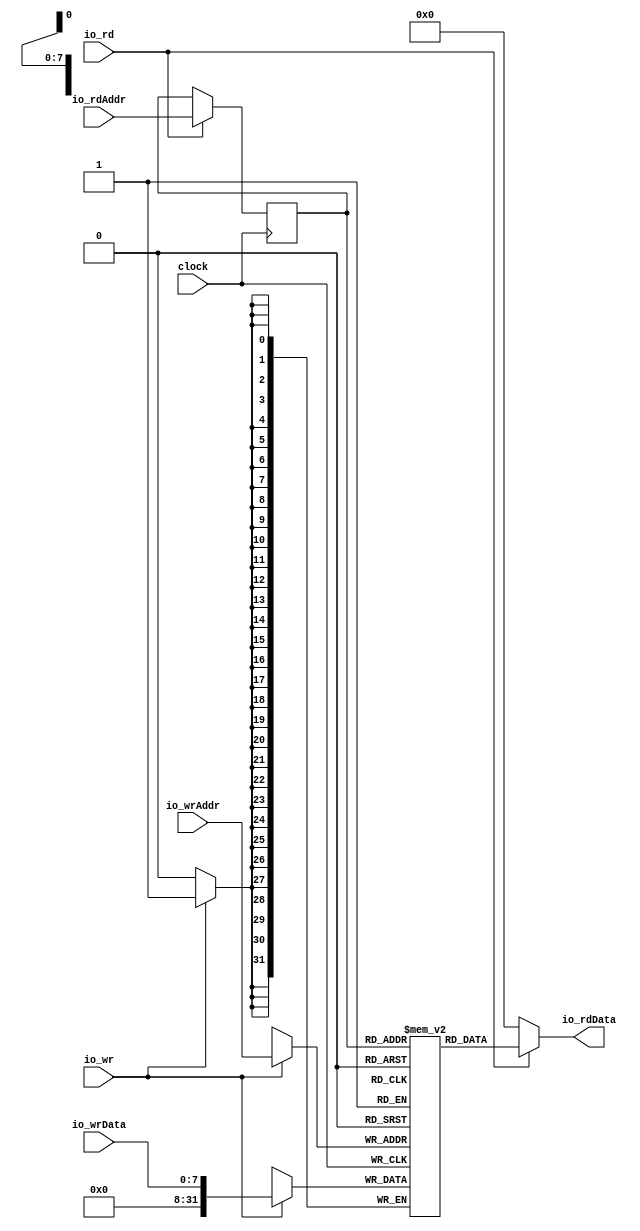
module DataMemory( // @[:@26.2]
  input         clock, // @[:@27.4]
  input  [7:0]  io_rdAddr, // @[:@29.4]
  input  [7:0]  io_wrAddr, // @[:@29.4]
  input  [7:0]  io_wrData, // @[:@29.4]
  output [31:0] io_rdData, // @[:@29.4]
  input         io_rd, // @[:@29.4]
  input         io_wr // @[:@29.4]
);
  reg [31:0] mem [0:255]; // @[DataMemory.scala 17:24:@31.4]
  reg [31:0] _RAND_0;
  wire [31:0] mem__T_20_data; // @[DataMemory.scala 17:24:@31.4]
  wire [7:0] mem__T_20_addr; // @[DataMemory.scala 17:24:@31.4]
  wire [31:0] mem__T_21_data; // @[DataMemory.scala 17:24:@31.4]
  wire [7:0] mem__T_21_addr; // @[DataMemory.scala 17:24:@31.4]
  wire  mem__T_21_mask; // @[DataMemory.scala 17:24:@31.4]
  wire  mem__T_21_en; // @[DataMemory.scala 17:24:@31.4]
  wire  _GEN_2; // @[DataMemory.scala 21:15:@33.4]
  reg [7:0] mem__T_20_addr_pipe_0;
  reg [31:0] _RAND_1;
  assign mem__T_20_addr = mem__T_20_addr_pipe_0;
  assign mem__T_20_data = mem[mem__T_20_addr]; // @[DataMemory.scala 17:24:@31.4]
  assign mem__T_21_data = {{24'd0}, io_wrData};
  assign mem__T_21_addr = io_wrAddr;
  assign mem__T_21_mask = 1'h1;
  assign mem__T_21_en = io_wr;
  assign _GEN_2 = io_rd; // @[DataMemory.scala 21:15:@33.4]
  assign io_rdData = io_rd ? mem__T_20_data : 32'h0; // @[DataMemory.scala 19:13:@32.4 DataMemory.scala 22:15:@35.6]
`ifdef RANDOMIZE_GARBAGE_ASSIGN
`define RANDOMIZE
`endif
`ifdef RANDOMIZE_INVALID_ASSIGN
`define RANDOMIZE
`endif
`ifdef RANDOMIZE_REG_INIT
`define RANDOMIZE
`endif
`ifdef RANDOMIZE_MEM_INIT
`define RANDOMIZE
`endif
`ifndef RANDOM
`define RANDOM $random
`endif
`ifdef RANDOMIZE
  integer initvar;
  initial begin
    `ifdef INIT_RANDOM
      `INIT_RANDOM
    `endif
    `ifndef VERILATOR
      #0.002 begin end
    `endif
  _RAND_0 = {1{`RANDOM}};
  `ifdef RANDOMIZE_MEM_INIT
  for (initvar = 0; initvar < 256; initvar = initvar+1)
    mem[initvar] = _RAND_0[31:0];
  `endif // RANDOMIZE_MEM_INIT
  `ifdef RANDOMIZE_REG_INIT
  _RAND_1 = {1{`RANDOM}};
  mem__T_20_addr_pipe_0 = _RAND_1[7:0];
  `endif // RANDOMIZE_REG_INIT
  end
`endif // RANDOMIZE
  always @(posedge clock) begin
    if(mem__T_21_en & mem__T_21_mask) begin
      mem[mem__T_21_addr] <= mem__T_21_data; // @[DataMemory.scala 17:24:@31.4]
    end
    if (_GEN_2) begin
      mem__T_20_addr_pipe_0 <= io_rdAddr;
    end
  end
endmodule
module ALU( // @[:@42.2]
  input  [31:0] io_a, // @[:@45.4]
  input  [31:0] io_b, // @[:@45.4]
  input  [4:0]  io_opcode, // @[:@45.4]
  output [31:0] io_out // @[:@45.4]
);
  wire  _T_15; // @[Conditional.scala 37:30:@48.4]
  wire  _T_17; // @[Conditional.scala 37:30:@53.6]
  wire [32:0] _T_19; // @[ALU.scala 22:30:@55.8]
  wire [31:0] _T_20; // @[ALU.scala 22:30:@56.8]
  wire  _T_22; // @[Conditional.scala 37:30:@60.8]
  wire [32:0] _T_24; // @[ALU.scala 23:30:@62.10]
  wire [32:0] _T_25; // @[ALU.scala 23:30:@63.10]
  wire [31:0] _T_26; // @[ALU.scala 23:30:@64.10]
  wire  _T_28; // @[Conditional.scala 37:30:@68.10]
  wire [32:0] _T_29; // @[ALU.scala 24:30:@70.12]
  wire [31:0] _T_30; // @[ALU.scala 24:30:@71.12]
  wire  _T_32; // @[Conditional.scala 37:30:@75.12]
  wire [32:0] _T_33; // @[ALU.scala 25:30:@77.14]
  wire [32:0] _T_34; // @[ALU.scala 25:30:@78.14]
  wire [31:0] _T_35; // @[ALU.scala 25:30:@79.14]
  wire  _T_37; // @[Conditional.scala 37:30:@83.14]
  wire [31:0] _T_38; // @[ALU.scala 26:25:@85.16]
  wire  _T_40; // @[Conditional.scala 37:30:@89.16]
  wire [31:0] _T_41; // @[ALU.scala 27:29:@91.18]
  wire  _T_43; // @[Conditional.scala 37:30:@95.18]
  wire [31:0] _T_44; // @[ALU.scala 28:29:@97.20]
  wire  _T_46; // @[Conditional.scala 37:30:@101.20]
  wire [31:0] _T_47; // @[ALU.scala 29:29:@103.22]
  wire [31:0] _GEN_0; // @[Conditional.scala 39:67:@102.20]
  wire [31:0] _GEN_1; // @[Conditional.scala 39:67:@96.18]
  wire [31:0] _GEN_2; // @[Conditional.scala 39:67:@90.16]
  wire [31:0] _GEN_3; // @[Conditional.scala 39:67:@84.14]
  wire [31:0] _GEN_4; // @[Conditional.scala 39:67:@76.12]
  wire [31:0] _GEN_5; // @[Conditional.scala 39:67:@69.10]
  wire [31:0] _GEN_6; // @[Conditional.scala 39:67:@61.8]
  wire [31:0] _GEN_7; // @[Conditional.scala 39:67:@54.6]
  assign _T_15 = 5'h0 == io_opcode; // @[Conditional.scala 37:30:@48.4]
  assign _T_17 = 5'h1 == io_opcode; // @[Conditional.scala 37:30:@53.6]
  assign _T_19 = io_a + 32'h1; // @[ALU.scala 22:30:@55.8]
  assign _T_20 = io_a + 32'h1; // @[ALU.scala 22:30:@56.8]
  assign _T_22 = 5'h2 == io_opcode; // @[Conditional.scala 37:30:@60.8]
  assign _T_24 = io_a - 32'h1; // @[ALU.scala 23:30:@62.10]
  assign _T_25 = $unsigned(_T_24); // @[ALU.scala 23:30:@63.10]
  assign _T_26 = _T_25[31:0]; // @[ALU.scala 23:30:@64.10]
  assign _T_28 = 5'h3 == io_opcode; // @[Conditional.scala 37:30:@68.10]
  assign _T_29 = io_a + io_b; // @[ALU.scala 24:30:@70.12]
  assign _T_30 = io_a + io_b; // @[ALU.scala 24:30:@71.12]
  assign _T_32 = 5'h4 == io_opcode; // @[Conditional.scala 37:30:@75.12]
  assign _T_33 = io_a - io_b; // @[ALU.scala 25:30:@77.14]
  assign _T_34 = $unsigned(_T_33); // @[ALU.scala 25:30:@78.14]
  assign _T_35 = _T_34[31:0]; // @[ALU.scala 25:30:@79.14]
  assign _T_37 = 5'h5 == io_opcode; // @[Conditional.scala 37:30:@83.14]
  assign _T_38 = ~ io_a; // @[ALU.scala 26:25:@85.16]
  assign _T_40 = 5'h6 == io_opcode; // @[Conditional.scala 37:30:@89.16]
  assign _T_41 = io_a & io_b; // @[ALU.scala 27:29:@91.18]
  assign _T_43 = 5'h7 == io_opcode; // @[Conditional.scala 37:30:@95.18]
  assign _T_44 = io_a | io_b; // @[ALU.scala 28:29:@97.20]
  assign _T_46 = 5'h8 == io_opcode; // @[Conditional.scala 37:30:@101.20]
  assign _T_47 = io_a ^ io_b; // @[ALU.scala 29:29:@103.22]
  assign _GEN_0 = _T_46 ? _T_47 : 32'h0; // @[Conditional.scala 39:67:@102.20]
  assign _GEN_1 = _T_43 ? _T_44 : _GEN_0; // @[Conditional.scala 39:67:@96.18]
  assign _GEN_2 = _T_40 ? _T_41 : _GEN_1; // @[Conditional.scala 39:67:@90.16]
  assign _GEN_3 = _T_37 ? _T_38 : _GEN_2; // @[Conditional.scala 39:67:@84.14]
  assign _GEN_4 = _T_32 ? _T_35 : _GEN_3; // @[Conditional.scala 39:67:@76.12]
  assign _GEN_5 = _T_28 ? _T_30 : _GEN_4; // @[Conditional.scala 39:67:@69.10]
  assign _GEN_6 = _T_22 ? _T_26 : _GEN_5; // @[Conditional.scala 39:67:@61.8]
  assign _GEN_7 = _T_17 ? _T_20 : _GEN_6; // @[Conditional.scala 39:67:@54.6]
  assign io_out = _T_15 ? io_a : _GEN_7; // @[ALU.scala 18:10:@47.4 ALU.scala 21:22:@50.6 ALU.scala 22:22:@57.8 ALU.scala 23:22:@65.10 ALU.scala 24:22:@72.12 ALU.scala 25:22:@80.14 ALU.scala 26:22:@86.16 ALU.scala 27:21:@92.18 ALU.scala 28:21:@98.20 ALU.scala 29:21:@104.22]
endmodule
module Datapath( // @[:@107.2]
  input         clock, // @[:@108.4]
  input         reset, // @[:@109.4]
  input  [31:0] io_inst, // @[:@110.4]
  output [4:0]  io_opcode, // @[:@110.4]
  output [2:0]  io_select, // @[:@110.4]
  output [3:0]  io_regA, // @[:@110.4]
  output [3:0]  io_regB, // @[:@110.4]
  output [15:0] io_immediate, // @[:@110.4]
  output [3:0]  io_destReg, // @[:@110.4]
  output [31:0] io_regAvalue, // @[:@110.4]
  output [31:0] io_result // @[:@110.4]
);
  wire  dMem_clock; // @[Datapath.scala 58:20:@126.4]
  wire [7:0] dMem_io_rdAddr; // @[Datapath.scala 58:20:@126.4]
  wire [7:0] dMem_io_wrAddr; // @[Datapath.scala 58:20:@126.4]
  wire [7:0] dMem_io_wrData; // @[Datapath.scala 58:20:@126.4]
  wire [31:0] dMem_io_rdData; // @[Datapath.scala 58:20:@126.4]
  wire  dMem_io_rd; // @[Datapath.scala 58:20:@126.4]
  wire  dMem_io_wr; // @[Datapath.scala 58:20:@126.4]
  wire [31:0] alu_io_a; // @[Datapath.scala 65:19:@130.4]
  wire [31:0] alu_io_b; // @[Datapath.scala 65:19:@130.4]
  wire [4:0] alu_io_opcode; // @[Datapath.scala 65:19:@130.4]
  wire [31:0] alu_io_out; // @[Datapath.scala 65:19:@130.4]
  reg [3:0] opcode; // @[Datapath.scala 36:22:@113.4]
  reg [31:0] _RAND_0;
  reg  memSelectReg1; // @[Datapath.scala 37:26:@114.4]
  reg [31:0] _RAND_1;
  reg  bSelect; // @[Datapath.scala 38:23:@115.4]
  reg [31:0] _RAND_2;
  reg  isLoadReg1; // @[Datapath.scala 39:23:@116.4]
  reg [31:0] _RAND_3;
  reg [31:0] aVal; // @[Datapath.scala 40:20:@117.4]
  reg [31:0] _RAND_4;
  reg [31:0] bVal; // @[Datapath.scala 41:21:@118.4]
  reg [31:0] _RAND_5;
  reg [31:0] immVal; // @[Datapath.scala 42:22:@119.4]
  reg [31:0] _RAND_6;
  reg [3:0] wbrReg1; // @[Datapath.scala 43:20:@120.4]
  reg [31:0] _RAND_7;
  reg [31:0] result; // @[Datapath.scala 46:22:@121.4]
  reg [31:0] _RAND_8;
  reg [31:0] data; // @[Datapath.scala 49:20:@122.4]
  reg [31:0] _RAND_9;
  reg [31:0] rMem_0; // @[Datapath.scala 62:17:@129.4]
  reg [31:0] _RAND_10;
  reg [31:0] rMem_1; // @[Datapath.scala 62:17:@129.4]
  reg [31:0] _RAND_11;
  reg [31:0] rMem_2; // @[Datapath.scala 62:17:@129.4]
  reg [31:0] _RAND_12;
  reg [31:0] rMem_3; // @[Datapath.scala 62:17:@129.4]
  reg [31:0] _RAND_13;
  reg [31:0] rMem_4; // @[Datapath.scala 62:17:@129.4]
  reg [31:0] _RAND_14;
  reg [31:0] rMem_5; // @[Datapath.scala 62:17:@129.4]
  reg [31:0] _RAND_15;
  reg [31:0] rMem_6; // @[Datapath.scala 62:17:@129.4]
  reg [31:0] _RAND_16;
  reg [31:0] rMem_7; // @[Datapath.scala 62:17:@129.4]
  reg [31:0] _RAND_17;
  reg [31:0] rMem_8; // @[Datapath.scala 62:17:@129.4]
  reg [31:0] _RAND_18;
  reg [31:0] rMem_9; // @[Datapath.scala 62:17:@129.4]
  reg [31:0] _RAND_19;
  wire [3:0] _T_54; // @[Datapath.scala 82:27:@139.4]
  wire  _T_56; // @[Datapath.scala 84:29:@143.4]
  wire [3:0] _T_58; // @[Datapath.scala 85:30:@146.4]
  wire [31:0] _GEN_1; // @[Datapath.scala 85:11:@147.4]
  wire [31:0] _GEN_2; // @[Datapath.scala 85:11:@147.4]
  wire [31:0] _GEN_3; // @[Datapath.scala 85:11:@147.4]
  wire [31:0] _GEN_4; // @[Datapath.scala 85:11:@147.4]
  wire [31:0] _GEN_5; // @[Datapath.scala 85:11:@147.4]
  wire [31:0] _GEN_6; // @[Datapath.scala 85:11:@147.4]
  wire [31:0] _GEN_7; // @[Datapath.scala 85:11:@147.4]
  wire [31:0] _GEN_8; // @[Datapath.scala 85:11:@147.4]
  wire [2:0] _T_64; // @[Datapath.scala 93:113:@154.4]
  wire [3:0] _T_65; // @[Datapath.scala 94:114:@156.4]
  wire  _T_67; // @[Datapath.scala 99:22:@159.4]
  wire  _T_71; // @[Conditional.scala 37:30:@164.6]
  wire [3:0] _T_72; // @[Datapath.scala 105:37:@166.8]
  wire [31:0] _GEN_11; // @[Datapath.scala 105:18:@167.8]
  wire [31:0] _GEN_12; // @[Datapath.scala 105:18:@167.8]
  wire [31:0] _GEN_13; // @[Datapath.scala 105:18:@167.8]
  wire [31:0] _GEN_14; // @[Datapath.scala 105:18:@167.8]
  wire [31:0] _GEN_15; // @[Datapath.scala 105:18:@167.8]
  wire [31:0] _GEN_16; // @[Datapath.scala 105:18:@167.8]
  wire [31:0] _GEN_17; // @[Datapath.scala 105:18:@167.8]
  wire [31:0] _GEN_18; // @[Datapath.scala 105:18:@167.8]
  wire [31:0] _GEN_19; // @[Datapath.scala 105:18:@167.8]
  wire  _T_78; // @[Conditional.scala 37:30:@174.8]
  wire [15:0] _T_81; // @[Datapath.scala 113:48:@177.10]
  wire [31:0] _T_82; // @[Cat.scala 30:58:@178.10]
  wire  _T_85; // @[Conditional.scala 37:30:@184.10]
  wire [31:0] _GEN_20; // @[Conditional.scala 39:67:@185.10]
  wire [31:0] _GEN_21; // @[Conditional.scala 39:67:@185.10]
  wire  _GEN_22; // @[Conditional.scala 39:67:@185.10]
  wire [31:0] _GEN_23; // @[Conditional.scala 39:67:@175.8]
  wire [31:0] _GEN_24; // @[Conditional.scala 39:67:@175.8]
  wire  _GEN_25; // @[Conditional.scala 39:67:@175.8]
  wire [31:0] _GEN_26; // @[Conditional.scala 39:67:@175.8]
  wire [31:0] _GEN_27; // @[Conditional.scala 40:58:@165.6]
  wire [31:0] _GEN_28; // @[Conditional.scala 40:58:@165.6]
  wire  _GEN_29; // @[Conditional.scala 40:58:@165.6]
  wire [3:0] _GEN_30; // @[Conditional.scala 40:58:@165.6]
  wire [31:0] _GEN_31; // @[Conditional.scala 40:58:@165.6]
  wire [7:0] _T_90; // @[Datapath.scala 125:44:@192.6]
  wire [31:0] _T_91; // @[Cat.scala 30:58:@193.6]
  wire [3:0] _GEN_42; // @[Datapath.scala 128:22:@196.6]
  wire [31:0] _GEN_43; // @[Datapath.scala 128:22:@196.6]
  wire [31:0] _GEN_49; // @[Datapath.scala 99:31:@160.4]
  reg  memSelect; // @[Datapath.scala 158:30:@219.4]
  reg [31:0] _RAND_20;
  reg  isLoad; // @[Datapath.scala 159:27:@221.4]
  reg [31:0] _RAND_21;
  reg [31:0] bValReg2; // @[Datapath.scala 160:25:@223.4]
  reg [31:0] _RAND_22;
  reg [3:0] wbrReg2; // @[Datapath.scala 161:24:@225.4]
  reg [31:0] _RAND_23;
  wire  _GEN_51; // @[Datapath.scala 171:18:@228.6]
  wire [31:0] _GEN_53; // @[Datapath.scala 171:18:@228.6]
  wire [31:0] _GEN_54; // @[Datapath.scala 171:18:@228.6]
  wire [31:0] _GEN_55; // @[Datapath.scala 171:18:@228.6]
  wire [31:0] _GEN_56; // @[Datapath.scala 171:18:@228.6]
  wire [31:0] _GEN_59; // @[Datapath.scala 170:19:@227.4]
  wire [31:0] _GEN_60; // @[Datapath.scala 170:19:@227.4]
  wire [31:0] _GEN_61; // @[Datapath.scala 170:19:@227.4]
  reg [3:0] destination; // @[Datapath.scala 196:24:@253.4]
  reg [31:0] _RAND_24;
  wire  _T_120; // @[Datapath.scala 203:20:@255.4]
  wire [31:0] _GEN_63; // @[Datapath.scala 204:23:@259.6]
  wire [31:0] _GEN_64; // @[Datapath.scala 204:23:@259.6]
  wire [31:0] _GEN_65; // @[Datapath.scala 204:23:@259.6]
  wire [31:0] _GEN_66; // @[Datapath.scala 204:23:@259.6]
  wire [31:0] _GEN_67; // @[Datapath.scala 204:23:@259.6]
  wire [31:0] _GEN_68; // @[Datapath.scala 204:23:@259.6]
  wire [31:0] _GEN_69; // @[Datapath.scala 204:23:@259.6]
  wire [31:0] _GEN_70; // @[Datapath.scala 204:23:@259.6]
  wire [31:0] _GEN_71; // @[Datapath.scala 204:23:@259.6]
  wire [31:0] _GEN_72; // @[Datapath.scala 204:23:@259.6]
  DataMemory dMem ( // @[Datapath.scala 58:20:@126.4]
    .clock(dMem_clock),
    .io_rdAddr(dMem_io_rdAddr),
    .io_wrAddr(dMem_io_wrAddr),
    .io_wrData(dMem_io_wrData),
    .io_rdData(dMem_io_rdData),
    .io_rd(dMem_io_rd),
    .io_wr(dMem_io_wr)
  );
  ALU alu ( // @[Datapath.scala 65:19:@130.4]
    .io_a(alu_io_a),
    .io_b(alu_io_b),
    .io_opcode(alu_io_opcode),
    .io_out(alu_io_out)
  );
  assign _T_54 = io_inst[4:1]; // @[Datapath.scala 82:27:@139.4]
  assign _T_56 = io_inst[4]; // @[Datapath.scala 84:29:@143.4]
  assign _T_58 = io_inst[15:12]; // @[Datapath.scala 85:30:@146.4]
  assign _GEN_1 = 4'h1 == _T_58 ? rMem_1 : rMem_0; // @[Datapath.scala 85:11:@147.4]
  assign _GEN_2 = 4'h2 == _T_58 ? rMem_2 : _GEN_1; // @[Datapath.scala 85:11:@147.4]
  assign _GEN_3 = 4'h3 == _T_58 ? rMem_3 : _GEN_2; // @[Datapath.scala 85:11:@147.4]
  assign _GEN_4 = 4'h4 == _T_58 ? rMem_4 : _GEN_3; // @[Datapath.scala 85:11:@147.4]
  assign _GEN_5 = 4'h5 == _T_58 ? rMem_5 : _GEN_4; // @[Datapath.scala 85:11:@147.4]
  assign _GEN_6 = 4'h6 == _T_58 ? rMem_6 : _GEN_5; // @[Datapath.scala 85:11:@147.4]
  assign _GEN_7 = 4'h7 == _T_58 ? rMem_7 : _GEN_6; // @[Datapath.scala 85:11:@147.4]
  assign _GEN_8 = 4'h8 == _T_58 ? rMem_8 : _GEN_7; // @[Datapath.scala 85:11:@147.4]
  assign _T_64 = io_inst[7:5]; // @[Datapath.scala 93:113:@154.4]
  assign _T_65 = io_inst[11:8]; // @[Datapath.scala 94:114:@156.4]
  assign _T_67 = memSelectReg1 == 1'h0; // @[Datapath.scala 99:22:@159.4]
  assign _T_71 = 3'h0 == _T_64; // @[Conditional.scala 37:30:@164.6]
  assign _T_72 = io_inst[19:16]; // @[Datapath.scala 105:37:@166.8]
  assign _GEN_11 = 4'h1 == _T_72 ? rMem_1 : rMem_0; // @[Datapath.scala 105:18:@167.8]
  assign _GEN_12 = 4'h2 == _T_72 ? rMem_2 : _GEN_11; // @[Datapath.scala 105:18:@167.8]
  assign _GEN_13 = 4'h3 == _T_72 ? rMem_3 : _GEN_12; // @[Datapath.scala 105:18:@167.8]
  assign _GEN_14 = 4'h4 == _T_72 ? rMem_4 : _GEN_13; // @[Datapath.scala 105:18:@167.8]
  assign _GEN_15 = 4'h5 == _T_72 ? rMem_5 : _GEN_14; // @[Datapath.scala 105:18:@167.8]
  assign _GEN_16 = 4'h6 == _T_72 ? rMem_6 : _GEN_15; // @[Datapath.scala 105:18:@167.8]
  assign _GEN_17 = 4'h7 == _T_72 ? rMem_7 : _GEN_16; // @[Datapath.scala 105:18:@167.8]
  assign _GEN_18 = 4'h8 == _T_72 ? rMem_8 : _GEN_17; // @[Datapath.scala 105:18:@167.8]
  assign _GEN_19 = 4'h9 == _T_72 ? rMem_9 : _GEN_18; // @[Datapath.scala 105:18:@167.8]
  assign _T_78 = 3'h1 == _T_64; // @[Conditional.scala 37:30:@174.8]
  assign _T_81 = io_inst[31:16]; // @[Datapath.scala 113:48:@177.10]
  assign _T_82 = {16'h0,_T_81}; // @[Cat.scala 30:58:@178.10]
  assign _T_85 = 3'h2 == _T_64; // @[Conditional.scala 37:30:@184.10]
  assign _GEN_20 = _T_85 ? 32'h0 : bVal; // @[Conditional.scala 39:67:@185.10]
  assign _GEN_21 = _T_85 ? 32'h0 : immVal; // @[Conditional.scala 39:67:@185.10]
  assign _GEN_22 = _T_85 ? 1'h0 : bSelect; // @[Conditional.scala 39:67:@185.10]
  assign _GEN_23 = _T_78 ? 32'h0 : _GEN_20; // @[Conditional.scala 39:67:@175.8]
  assign _GEN_24 = _T_78 ? _T_82 : _GEN_21; // @[Conditional.scala 39:67:@175.8]
  assign _GEN_25 = _T_78 ? 1'h0 : _GEN_22; // @[Conditional.scala 39:67:@175.8]
  assign _GEN_26 = _T_78 ? immVal : 32'h0; // @[Conditional.scala 39:67:@175.8]
  assign _GEN_27 = _T_71 ? _GEN_19 : _GEN_23; // @[Conditional.scala 40:58:@165.6]
  assign _GEN_28 = _T_71 ? 32'h0 : _GEN_24; // @[Conditional.scala 40:58:@165.6]
  assign _GEN_29 = _T_71 ? 1'h1 : _GEN_25; // @[Conditional.scala 40:58:@165.6]
  assign _GEN_30 = _T_71 ? _T_72 : 4'h0; // @[Conditional.scala 40:58:@165.6]
  assign _GEN_31 = _T_71 ? 32'h0 : _GEN_26; // @[Conditional.scala 40:58:@165.6]
  assign _T_90 = io_inst[27:20]; // @[Datapath.scala 125:44:@192.6]
  assign _T_91 = {24'h0,_T_90}; // @[Cat.scala 30:58:@193.6]
  assign _GEN_42 = isLoadReg1 ? _T_65 : 4'h0; // @[Datapath.scala 128:22:@196.6]
  assign _GEN_43 = isLoadReg1 ? 32'h0 : _GEN_19; // @[Datapath.scala 128:22:@196.6]
  assign _GEN_49 = _T_67 ? _GEN_31 : 32'h0; // @[Datapath.scala 99:31:@160.4]
  assign _GEN_51 = isLoad ? 1'h0 : 1'h1; // @[Datapath.scala 171:18:@228.6]
  assign _GEN_53 = isLoad ? result : 32'h0; // @[Datapath.scala 171:18:@228.6]
  assign _GEN_54 = isLoad ? 32'h0 : result; // @[Datapath.scala 171:18:@228.6]
  assign _GEN_55 = isLoad ? 32'h0 : bValReg2; // @[Datapath.scala 171:18:@228.6]
  assign _GEN_56 = isLoad ? dMem_io_rdData : 32'h0; // @[Datapath.scala 171:18:@228.6]
  assign _GEN_59 = memSelect ? _GEN_53 : 32'h0; // @[Datapath.scala 170:19:@227.4]
  assign _GEN_60 = memSelect ? _GEN_54 : 32'h0; // @[Datapath.scala 170:19:@227.4]
  assign _GEN_61 = memSelect ? _GEN_55 : 32'h0; // @[Datapath.scala 170:19:@227.4]
  assign _T_120 = destination != 4'h0; // @[Datapath.scala 203:20:@255.4]
  assign _GEN_63 = 4'h0 == destination ? data : rMem_0; // @[Datapath.scala 204:23:@259.6]
  assign _GEN_64 = 4'h1 == destination ? data : rMem_1; // @[Datapath.scala 204:23:@259.6]
  assign _GEN_65 = 4'h2 == destination ? data : rMem_2; // @[Datapath.scala 204:23:@259.6]
  assign _GEN_66 = 4'h3 == destination ? data : rMem_3; // @[Datapath.scala 204:23:@259.6]
  assign _GEN_67 = 4'h4 == destination ? data : rMem_4; // @[Datapath.scala 204:23:@259.6]
  assign _GEN_68 = 4'h5 == destination ? data : rMem_5; // @[Datapath.scala 204:23:@259.6]
  assign _GEN_69 = 4'h6 == destination ? data : rMem_6; // @[Datapath.scala 204:23:@259.6]
  assign _GEN_70 = 4'h7 == destination ? data : rMem_7; // @[Datapath.scala 204:23:@259.6]
  assign _GEN_71 = 4'h8 == destination ? data : rMem_8; // @[Datapath.scala 204:23:@259.6]
  assign _GEN_72 = 4'h9 == destination ? data : rMem_9; // @[Datapath.scala 204:23:@259.6]
  assign io_opcode = {{1'd0}, _T_54}; // @[Datapath.scala 89:99:@149.4]
  assign io_select = io_inst[7:5]; // @[Datapath.scala 93:99:@155.4]
  assign io_regA = io_inst[15:12]; // @[Datapath.scala 90:97:@151.4]
  assign io_regB = _T_67 ? _GEN_30 : 4'h0; // @[Datapath.scala 91:97:@152.4 Datapath.scala 108:17:@171.8]
  assign io_immediate = _GEN_49[15:0]; // @[Datapath.scala 92:102:@153.4 Datapath.scala 115:22:@181.10]
  assign io_destReg = io_inst[11:8]; // @[Datapath.scala 94:100:@157.4]
  assign io_regAvalue = aVal; // @[Datapath.scala 96:102:@158.4]
  assign io_result = result; // @[Datapath.scala 156:13:@218.4]
  assign dMem_clock = clock; // @[:@127.4]
  assign dMem_io_rdAddr = _GEN_59[7:0]; // @[Datapath.scala 174:22:@231.8 Datapath.scala 181:22:@239.8 Datapath.scala 189:20:@248.6]
  assign dMem_io_wrAddr = _GEN_60[7:0]; // @[Datapath.scala 175:22:@232.8 Datapath.scala 182:22:@240.8 Datapath.scala 190:20:@249.6]
  assign dMem_io_wrData = _GEN_61[7:0]; // @[Datapath.scala 176:22:@233.8 Datapath.scala 183:22:@241.8 Datapath.scala 191:20:@250.6]
  assign dMem_io_rd = memSelect ? isLoad : 1'h0; // @[Datapath.scala 173:18:@230.8 Datapath.scala 180:18:@238.8 Datapath.scala 187:16:@246.6]
  assign dMem_io_wr = memSelect ? _GEN_51 : 1'h0; // @[Datapath.scala 172:18:@229.8 Datapath.scala 179:18:@237.8 Datapath.scala 188:16:@247.6]
  assign alu_io_a = aVal; // @[Datapath.scala 146:12:@208.4]
  assign alu_io_b = bSelect ? bVal : immVal; // @[Datapath.scala 147:12:@209.4 Datapath.scala 149:14:@212.6 Datapath.scala 152:12:@215.6]
  assign alu_io_opcode = {{1'd0}, opcode}; // @[Datapath.scala 145:17:@207.4]
`ifdef RANDOMIZE_GARBAGE_ASSIGN
`define RANDOMIZE
`endif
`ifdef RANDOMIZE_INVALID_ASSIGN
`define RANDOMIZE
`endif
`ifdef RANDOMIZE_REG_INIT
`define RANDOMIZE
`endif
`ifdef RANDOMIZE_MEM_INIT
`define RANDOMIZE
`endif
`ifndef RANDOM
`define RANDOM $random
`endif
`ifdef RANDOMIZE
  integer initvar;
  initial begin
    `ifdef INIT_RANDOM
      `INIT_RANDOM
    `endif
    `ifndef VERILATOR
      #0.002 begin end
    `endif
  `ifdef RANDOMIZE_REG_INIT
  _RAND_0 = {1{`RANDOM}};
  opcode = _RAND_0[3:0];
  `endif // RANDOMIZE_REG_INIT
  `ifdef RANDOMIZE_REG_INIT
  _RAND_1 = {1{`RANDOM}};
  memSelectReg1 = _RAND_1[0:0];
  `endif // RANDOMIZE_REG_INIT
  `ifdef RANDOMIZE_REG_INIT
  _RAND_2 = {1{`RANDOM}};
  bSelect = _RAND_2[0:0];
  `endif // RANDOMIZE_REG_INIT
  `ifdef RANDOMIZE_REG_INIT
  _RAND_3 = {1{`RANDOM}};
  isLoadReg1 = _RAND_3[0:0];
  `endif // RANDOMIZE_REG_INIT
  `ifdef RANDOMIZE_REG_INIT
  _RAND_4 = {1{`RANDOM}};
  aVal = _RAND_4[31:0];
  `endif // RANDOMIZE_REG_INIT
  `ifdef RANDOMIZE_REG_INIT
  _RAND_5 = {1{`RANDOM}};
  bVal = _RAND_5[31:0];
  `endif // RANDOMIZE_REG_INIT
  `ifdef RANDOMIZE_REG_INIT
  _RAND_6 = {1{`RANDOM}};
  immVal = _RAND_6[31:0];
  `endif // RANDOMIZE_REG_INIT
  `ifdef RANDOMIZE_REG_INIT
  _RAND_7 = {1{`RANDOM}};
  wbrReg1 = _RAND_7[3:0];
  `endif // RANDOMIZE_REG_INIT
  `ifdef RANDOMIZE_REG_INIT
  _RAND_8 = {1{`RANDOM}};
  result = _RAND_8[31:0];
  `endif // RANDOMIZE_REG_INIT
  `ifdef RANDOMIZE_REG_INIT
  _RAND_9 = {1{`RANDOM}};
  data = _RAND_9[31:0];
  `endif // RANDOMIZE_REG_INIT
  `ifdef RANDOMIZE_REG_INIT
  _RAND_10 = {1{`RANDOM}};
  rMem_0 = _RAND_10[31:0];
  `endif // RANDOMIZE_REG_INIT
  `ifdef RANDOMIZE_REG_INIT
  _RAND_11 = {1{`RANDOM}};
  rMem_1 = _RAND_11[31:0];
  `endif // RANDOMIZE_REG_INIT
  `ifdef RANDOMIZE_REG_INIT
  _RAND_12 = {1{`RANDOM}};
  rMem_2 = _RAND_12[31:0];
  `endif // RANDOMIZE_REG_INIT
  `ifdef RANDOMIZE_REG_INIT
  _RAND_13 = {1{`RANDOM}};
  rMem_3 = _RAND_13[31:0];
  `endif // RANDOMIZE_REG_INIT
  `ifdef RANDOMIZE_REG_INIT
  _RAND_14 = {1{`RANDOM}};
  rMem_4 = _RAND_14[31:0];
  `endif // RANDOMIZE_REG_INIT
  `ifdef RANDOMIZE_REG_INIT
  _RAND_15 = {1{`RANDOM}};
  rMem_5 = _RAND_15[31:0];
  `endif // RANDOMIZE_REG_INIT
  `ifdef RANDOMIZE_REG_INIT
  _RAND_16 = {1{`RANDOM}};
  rMem_6 = _RAND_16[31:0];
  `endif // RANDOMIZE_REG_INIT
  `ifdef RANDOMIZE_REG_INIT
  _RAND_17 = {1{`RANDOM}};
  rMem_7 = _RAND_17[31:0];
  `endif // RANDOMIZE_REG_INIT
  `ifdef RANDOMIZE_REG_INIT
  _RAND_18 = {1{`RANDOM}};
  rMem_8 = _RAND_18[31:0];
  `endif // RANDOMIZE_REG_INIT
  `ifdef RANDOMIZE_REG_INIT
  _RAND_19 = {1{`RANDOM}};
  rMem_9 = _RAND_19[31:0];
  `endif // RANDOMIZE_REG_INIT
  `ifdef RANDOMIZE_REG_INIT
  _RAND_20 = {1{`RANDOM}};
  memSelect = _RAND_20[0:0];
  `endif // RANDOMIZE_REG_INIT
  `ifdef RANDOMIZE_REG_INIT
  _RAND_21 = {1{`RANDOM}};
  isLoad = _RAND_21[0:0];
  `endif // RANDOMIZE_REG_INIT
  `ifdef RANDOMIZE_REG_INIT
  _RAND_22 = {1{`RANDOM}};
  bValReg2 = _RAND_22[31:0];
  `endif // RANDOMIZE_REG_INIT
  `ifdef RANDOMIZE_REG_INIT
  _RAND_23 = {1{`RANDOM}};
  wbrReg2 = _RAND_23[3:0];
  `endif // RANDOMIZE_REG_INIT
  `ifdef RANDOMIZE_REG_INIT
  _RAND_24 = {1{`RANDOM}};
  destination = _RAND_24[3:0];
  `endif // RANDOMIZE_REG_INIT
  end
`endif // RANDOMIZE
  always @(posedge clock) begin
    opcode <= io_inst[4:1];
    memSelectReg1 <= io_inst[0];
    if (_T_67) begin
      if (_T_71) begin
        bSelect <= 1'h1;
      end else begin
        if (_T_78) begin
          bSelect <= 1'h0;
        end else begin
          if (_T_85) begin
            bSelect <= 1'h0;
          end
        end
      end
    end else begin
      bSelect <= 1'h0;
    end
    isLoadReg1 <= ~ _T_56;
    if (4'h9 == _T_58) begin
      aVal <= rMem_9;
    end else begin
      if (4'h8 == _T_58) begin
        aVal <= rMem_8;
      end else begin
        if (4'h7 == _T_58) begin
          aVal <= rMem_7;
        end else begin
          if (4'h6 == _T_58) begin
            aVal <= rMem_6;
          end else begin
            if (4'h5 == _T_58) begin
              aVal <= rMem_5;
            end else begin
              if (4'h4 == _T_58) begin
                aVal <= rMem_4;
              end else begin
                if (4'h3 == _T_58) begin
                  aVal <= rMem_3;
                end else begin
                  if (4'h2 == _T_58) begin
                    aVal <= rMem_2;
                  end else begin
                    if (4'h1 == _T_58) begin
                      aVal <= rMem_1;
                    end else begin
                      aVal <= rMem_0;
                    end
                  end
                end
              end
            end
          end
        end
      end
    end
    if (_T_67) begin
      if (_T_71) begin
        if (4'h9 == _T_72) begin
          bVal <= rMem_9;
        end else begin
          if (4'h8 == _T_72) begin
            bVal <= rMem_8;
          end else begin
            if (4'h7 == _T_72) begin
              bVal <= rMem_7;
            end else begin
              if (4'h6 == _T_72) begin
                bVal <= rMem_6;
              end else begin
                if (4'h5 == _T_72) begin
                  bVal <= rMem_5;
                end else begin
                  if (4'h4 == _T_72) begin
                    bVal <= rMem_4;
                  end else begin
                    if (4'h3 == _T_72) begin
                      bVal <= rMem_3;
                    end else begin
                      if (4'h2 == _T_72) begin
                        bVal <= rMem_2;
                      end else begin
                        if (4'h1 == _T_72) begin
                          bVal <= rMem_1;
                        end else begin
                          bVal <= rMem_0;
                        end
                      end
                    end
                  end
                end
              end
            end
          end
        end
      end else begin
        if (_T_78) begin
          bVal <= 32'h0;
        end else begin
          if (_T_85) begin
            bVal <= 32'h0;
          end
        end
      end
    end else begin
      if (isLoadReg1) begin
        bVal <= 32'h0;
      end else begin
        if (4'h9 == _T_72) begin
          bVal <= rMem_9;
        end else begin
          if (4'h8 == _T_72) begin
            bVal <= rMem_8;
          end else begin
            if (4'h7 == _T_72) begin
              bVal <= rMem_7;
            end else begin
              if (4'h6 == _T_72) begin
                bVal <= rMem_6;
              end else begin
                if (4'h5 == _T_72) begin
                  bVal <= rMem_5;
                end else begin
                  if (4'h4 == _T_72) begin
                    bVal <= rMem_4;
                  end else begin
                    if (4'h3 == _T_72) begin
                      bVal <= rMem_3;
                    end else begin
                      if (4'h2 == _T_72) begin
                        bVal <= rMem_2;
                      end else begin
                        if (4'h1 == _T_72) begin
                          bVal <= rMem_1;
                        end else begin
                          bVal <= rMem_0;
                        end
                      end
                    end
                  end
                end
              end
            end
          end
        end
      end
    end
    if (_T_67) begin
      if (_T_71) begin
        immVal <= 32'h0;
      end else begin
        if (_T_78) begin
          immVal <= _T_82;
        end else begin
          if (_T_85) begin
            immVal <= 32'h0;
          end
        end
      end
    end else begin
      immVal <= _T_91;
    end
    if (_T_67) begin
      wbrReg1 <= _T_65;
    end else begin
      if (isLoadReg1) begin
        wbrReg1 <= _T_65;
      end else begin
        wbrReg1 <= 4'h0;
      end
    end
    result <= alu_io_out;
    if (memSelect) begin
      if (isLoad) begin
        data <= dMem_io_rdData;
      end else begin
        data <= 32'h0;
      end
    end else begin
      data <= result;
    end
    if (_T_120) begin
      if (4'h0 == destination) begin
        rMem_0 <= data;
      end
    end
    if (_T_120) begin
      if (4'h1 == destination) begin
        rMem_1 <= data;
      end
    end
    if (_T_120) begin
      if (4'h2 == destination) begin
        rMem_2 <= data;
      end
    end
    if (_T_120) begin
      if (4'h3 == destination) begin
        rMem_3 <= data;
      end
    end
    if (_T_120) begin
      if (4'h4 == destination) begin
        rMem_4 <= data;
      end
    end
    if (_T_120) begin
      if (4'h5 == destination) begin
        rMem_5 <= data;
      end
    end
    if (_T_120) begin
      if (4'h6 == destination) begin
        rMem_6 <= data;
      end
    end
    if (_T_120) begin
      if (4'h7 == destination) begin
        rMem_7 <= data;
      end
    end
    if (_T_120) begin
      if (4'h8 == destination) begin
        rMem_8 <= data;
      end
    end
    if (_T_120) begin
      if (4'h9 == destination) begin
        rMem_9 <= data;
      end
    end
    memSelect <= memSelectReg1;
    isLoad <= isLoadReg1;
    bValReg2 <= bVal;
    wbrReg2 <= wbrReg1;
    destination <= wbrReg2;
  end
endmodule